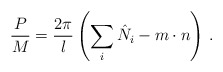
\begin{align*}\frac{P}{M}=\frac{2\pi }{l}\left(\sum _{i}\hat{N}_{i}-m\cdot n\right)\,.\end{align*}